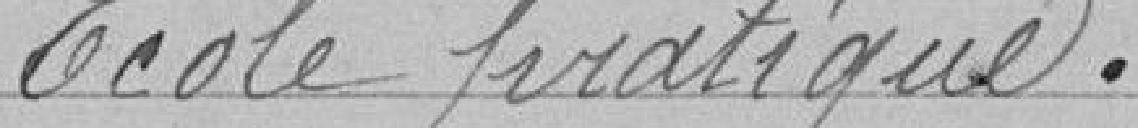
Ecole pratique.